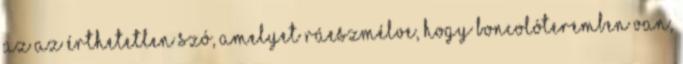
az az érthetetlen szó, amelyet ráeszmélve, hogy boncolóteremben van,